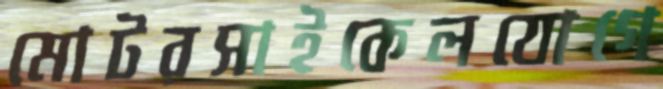
মোটরসাইকেলযোগে